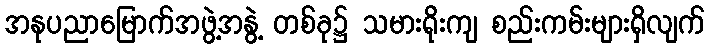
အနုပညာမြောက်အဖွဲ့အနွဲ့ တစ်ခု၌ သမားရိုးကျ စည်းကမ်းများရှိလျက်